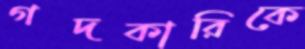
গদকারিকে